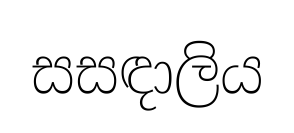
සසඳාලිය